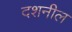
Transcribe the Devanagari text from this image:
दशनील